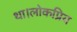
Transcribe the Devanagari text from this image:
था।लोकप्रिय